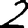
Digit: 2